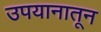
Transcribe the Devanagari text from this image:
उपयानातून